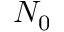
N _ { 0 }